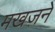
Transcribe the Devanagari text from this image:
मखज़ने